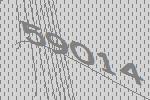
59014